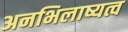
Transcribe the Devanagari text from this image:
अनभिलाष्यत्व